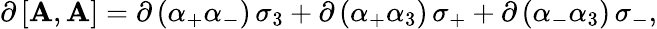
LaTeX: \partial\, \lbrack\mathbf{A},\mathbf{A}\rbrack=\partial\, (\alpha_{+}\alpha_{-})\, \sigma_{3}+\partial\, (\alpha_{+}\alpha_{3})\, \sigma_{+}+\partial\, (\alpha_{-}\alpha_{3})\, \sigma_{-},